Report of the Indian Hemp Drugs Commission, 1894-1895 - Volume II
Year: 1894
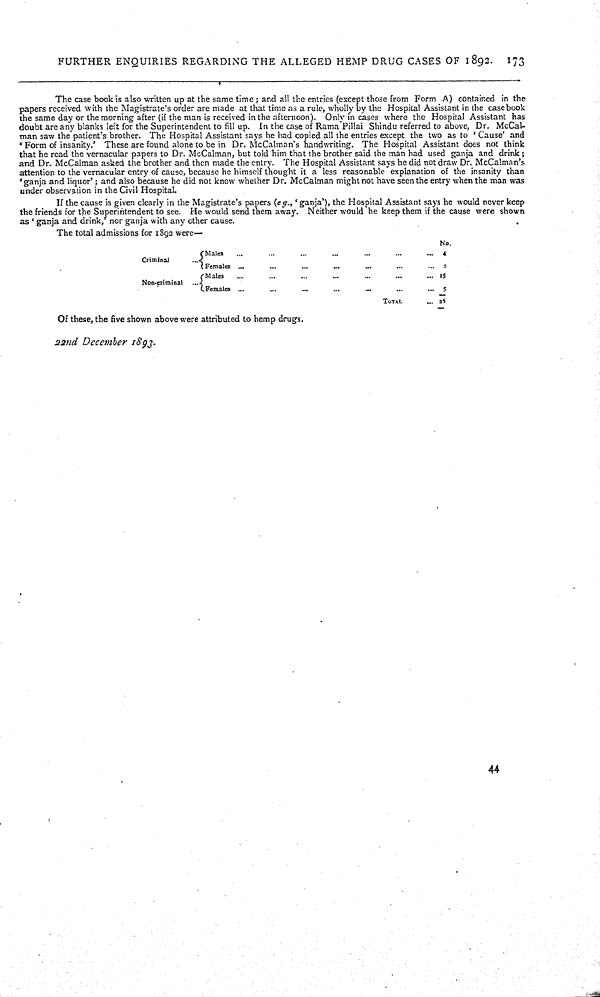
FURTHER ENQUIRIES REGARDING THE ALLEGED HEMP DRUG CASES OF 1892. 173
The case book is also written up at the same time; and all the entries (except those from Form A) contained in the
papers received with the Magistrate's order are made at that time as a rule, wholly by the Hospital Assistant in the casebook
the same day or the morning after (if the man is received in the afternoon). Only in cases where the Hospital Assistant has
doubt are any blanks left for the Superintendent to fill up. In the case of Rama Pillai Shindu referred to above, Dr. McCal-
man saw the patient's brother. The Hospital Assistant says he had copied all the entries except the two as to 'Cause' and
'Form of insanity.' These are found alone to be in Dr. McCalman's handwriting. The Hospital Assistant does not think
that he read the vernacular papers to Dr. McCalman, but told him that the brother said the man had used ganja and drink;
and Dr. McCalman asked the brother and then made the entry. The Hospital Assistant says he did not draw Dr. McCalman's
attention to the vernacular entry of cause, because he himself thought it a less reasonable explanation of the insanity than
'ganja and liquor'; and also because he did not know whether Dr. McCalman might not have seen the entry when the man was
under observation in the Civil Hospital.
If the cause is given clearly in the Magistrate's papers (e g., 'ganja'), the Hospital Assistant says he would never keep
the friends for the Superintendent to see. He would send them away. Neither would he keep them if the cause were shown
as 'ganja and drink,' nor ganja with any other cause.
The total admissions for 1892 were—
No.
Criminal
Males
4
Criminal
Females
2
Non-criminal
Males
15
Non-criminal
Females
5
TOTAL
25
Of these, the five shown above were attributed to hemp drugs.
22nd December 1893.
44